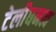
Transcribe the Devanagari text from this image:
टेलीघनत्व